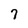
Character: 7